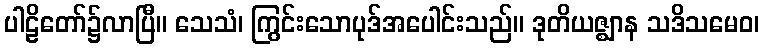
ပါဠိတော်၌လာပြီ။ သေသံ၊ ကြွင်းသောပုဒ်အပေါင်းသည်။ ဒုတိယဇ္ဈာန သဒိသမေဝ၊